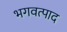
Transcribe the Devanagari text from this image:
भगवत्पाद